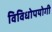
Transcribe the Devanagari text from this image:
विविधोपयोगी